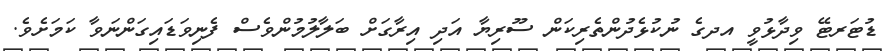
ޑުޓަރޓޭ ވިދާޅުވީ އދގެ ނުކުޅެދުންތެރިކަން ސޫރިޔާ އަދި އިރާގަށް ބަލާލުމުންވެސް ފެނިވަޑައިގަންނަވާ ކަމަށެވެ.